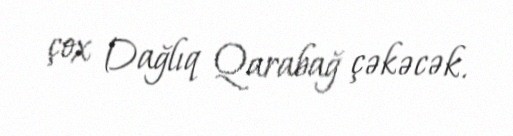
çox Dağlıq Qarabağ çəkəcək.